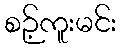
စဉ့်ကူးမင်း